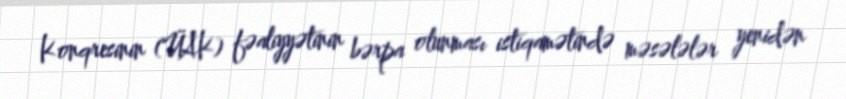
Konqresinin (ÜAK) fəaliyyətinin bərpa olunması istiqamətində məsələlər yenidən